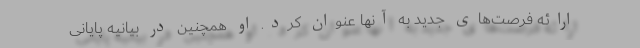
ارائه فرصت‌های جدید به آنها عنوان کرد. او همچنین در بیانیه پایانی